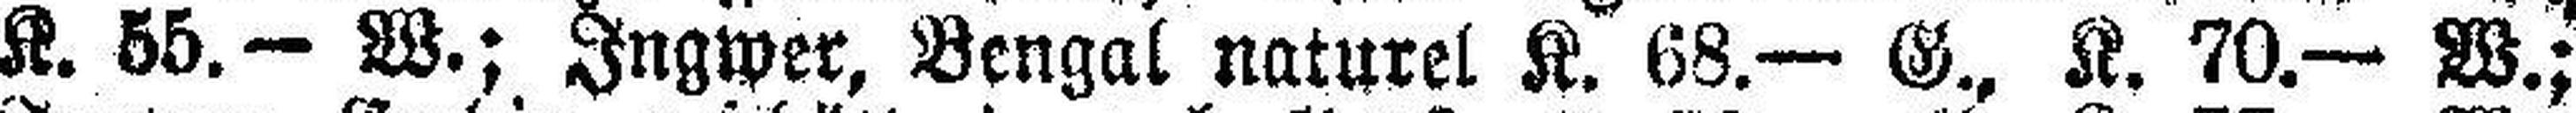
K. 55.— W.; Ingwer, Bengal naturel K. 68.— G., K. 70.— W.;